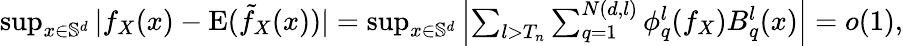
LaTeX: \begin{array}{r}{\operatorname*{sup}_{x\in\mathbb{S}^{d}}|f_{X}(x)-\mathrm{E}(\tilde{f}_{X}(x))|=\operatorname*{sup}_{x\in\mathbb{S}^{d}}\left|\sum_{l>T_{n}}\sum_{q=1}^{N(d,l)}\phi_{q}^{l}(f_{X})B_{q}^{l}(x)\right|=o(1),}\end{array}